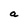
Character: a